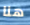
هنا